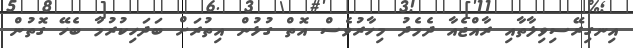
އިނގިރޭސިވިލާތާއި ރާއްޖެއާ ދެމެދު މިހާރުވެސް އޮތް ގުޅުން އިތުރަށް ބަދަހިކުރުމާ ބެހޭ ގޮތުން